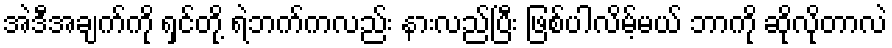
အဲဒီအချက်ကို ရှင်တို့ ရဲဘက်ကလည်း နားလည်ပြီး ဖြစ်ပါလိမ့်မယ် ဘာကို ဆိုလိုတာလဲ